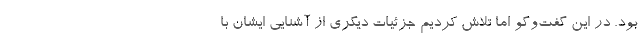
بود. در این گفت‌وگو اما تلاش کردیم جزئیات دیگری از آشنایی ایشان با